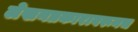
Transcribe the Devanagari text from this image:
लेखनप्रकारावरूनच